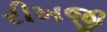
રીખજી